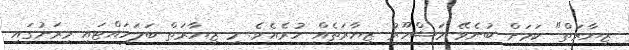
ޒިޔާރަތް" ކަމަށް ބުނެވޭ މަޝްހޫރު ޒިޔާރަތެއް ހުރެއެވެ. މި ޒިޔާރަތް ބަލަހައްޓައި މިރަށުގައި